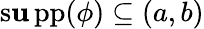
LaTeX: \operatorname{s\mathbf{u}pp}(\phi)\subseteq(a,b)